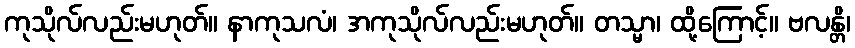
ကုသိုလ်လည်းမဟုတ်။ နာကုသလံ၊ အကုသိုလ်လည်းမဟုတ်။ တသ္မာ၊ ထို့ကြောင့်။ ဗလန္တိ၊